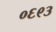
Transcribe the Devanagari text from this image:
०६९३